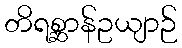
တိရစ္ဆာန်ဥယျာဉ်